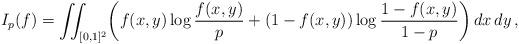
LaTeX: \begin{align*}I_p(f) = \iint_{[0,1]^2} \biggl(f(x,y)\log \frac{f(x,y)}{p} + (1-f(x,y)) \log \frac{1-f(x,y)}{1-p}\biggr)\, dx\, dy\, ,\end{align*}